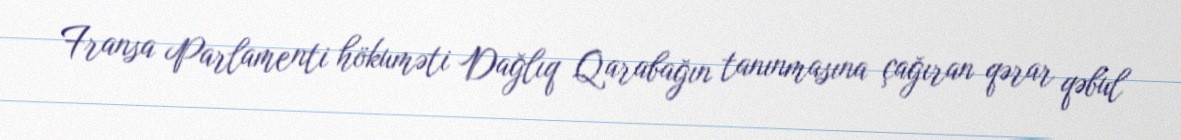
Fransa Parlamenti hökuməti Dağlıq Qarabağın tanınmasına çağıran qərar qəbul